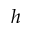
h